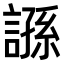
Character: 𧪾